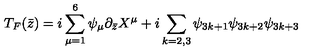
T _ { F } ( { \bar { z } } ) = i \sum _ { \mu = 1 } ^ { 6 } \psi _ { \mu } \partial _ { \bar { z } } X ^ { \mu } { } + i \sum _ { k = 2 , 3 } \psi _ { 3 k + 1 } \psi _ { 3 k + 2 } \psi _ { 3 k + 3 }